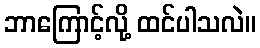
ဘာကြောင့်လို့ ထင်ပါသလဲ။